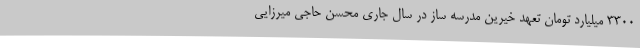
3300 میلیارد تومان تعهد خیرین مدرسه ساز در سال جاری محسن حاجی میرزایی